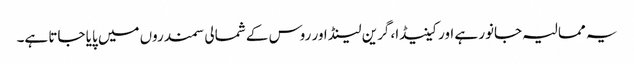
یہ ممالیہ جانور ہے اور کینیڈا، گرین لینڈ اور روس کے شمالی سمندروں میں پایا جاتا ہے۔